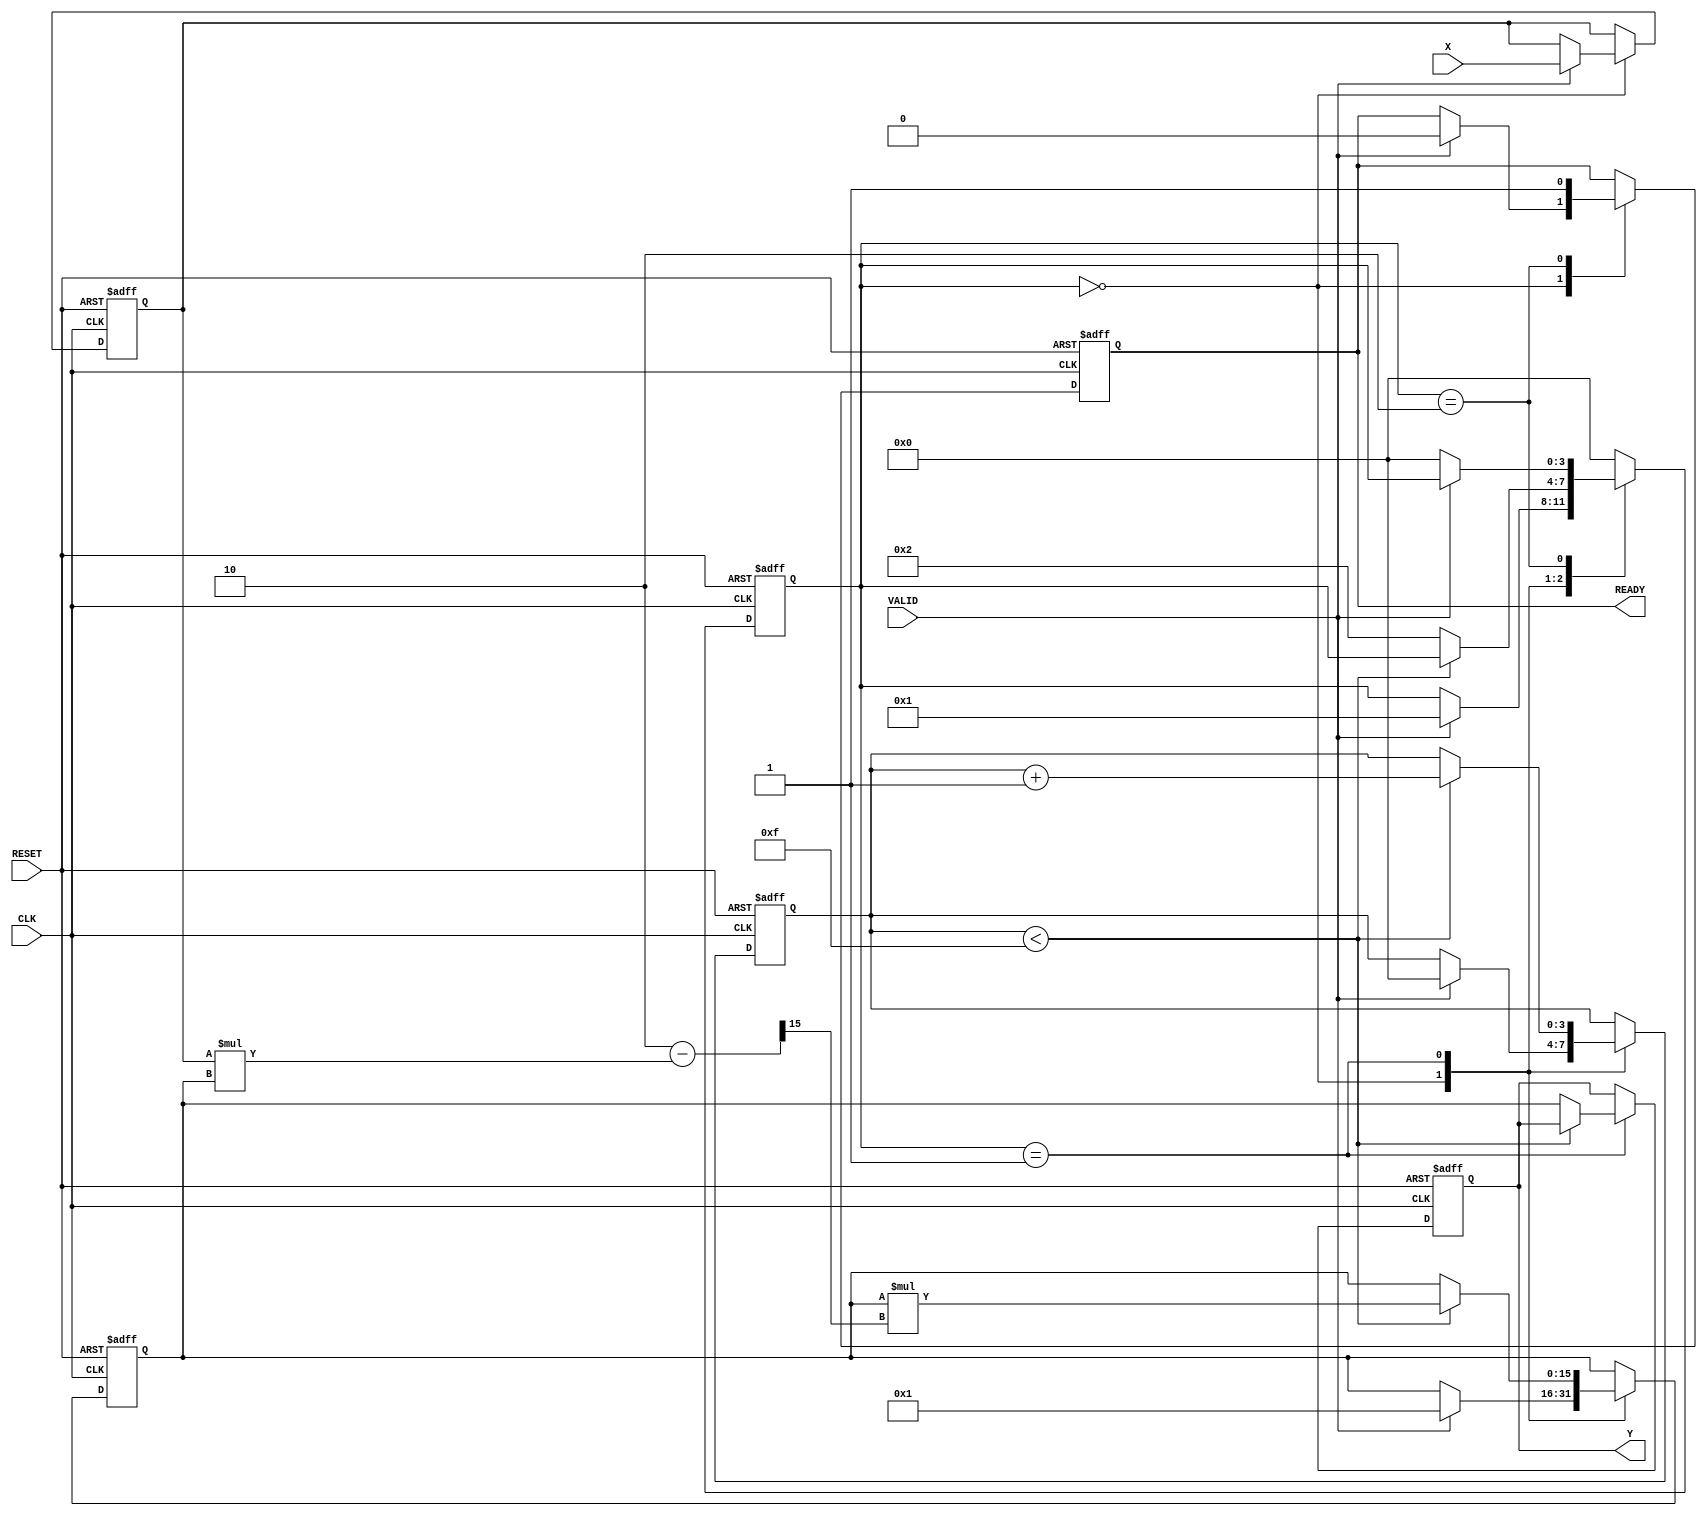
module DirectReciprocalUnit (
    input wire [15:0] X,        // Input Data (fixed-point)
    input wire VALID,           // Valid Signal
    input wire CLK,             // Clock
    input wire RESET,           // Asynchronous Reset
    output reg [15:0] Y,        // Output Data (computed reciprocal)
    output reg READY            // Ready Signal
);

    reg [3:0] state;            // State machine for control logic
    reg [15:0] input_reg;       // Register for input data
    reg [15:0] approx;          // Approximation for reciprocal calculation
    reg [3:0] count;            // Count for iterations

    // State definitions
    parameter IDLE        = 4'b0000;
    parameter COMPUTE     = 4'b0001;
    parameter DONE        = 4'b0010;

    // Asynchronous reset and input capture
    always @(posedge CLK or posedge RESET) begin
        if (RESET) begin
            state <= IDLE;
            READY <= 1'b0;
            Y <= 16'b0;
            input_reg <= 16'b0;
            approx <= 16'b0;
            count <= 4'b0;
        end else begin
            case (state)
                IDLE: begin
                    if (VALID) begin
                        input_reg <= X;
                        approx <= 16'h0001; // Initial approximation (1)
                        count <= 4'b0;
                        state <= COMPUTE;
                        READY <= 1'b0; // Not ready while computing
                    end
                end

                COMPUTE: begin
                    // Simple iterative Newton-Raphson method for reciprocal
                    // approx = approx * (2 - input_reg * approx)
                    if (count < 4'b1111) begin // Limit the number of iterations
                        approx <= approx * (16'h0002 - (input_reg * approx) >> 15); // Fixed-point multiply
                        count <= count + 1;
                    end else begin
                        Y <= approx; // Store final result
                        state <= DONE;
                    end
                end

                DONE: begin
                    READY <= 1'b1; // Signal that the result is ready
                    if (!VALID) begin
                        state <= IDLE; // Go back to IDLE if VALID is deasserted
                    end
                end

                default: state <= IDLE; // Default case
            endcase
        end
    end

endmodule